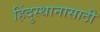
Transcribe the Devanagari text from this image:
हिंदुस्थानासाठी